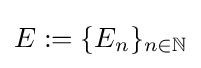
E:=\{E_{n}\}_{n\in \mathbb {N} }